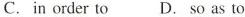
C. inorder to D.so as to